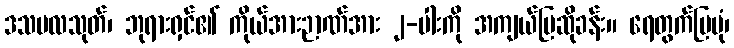
ဒသဗလသုတ်၊ ဘုရားရှင်၏ ကိုယ်အားဉာဏ်အား ၂-ပါးကို အကျယ်ပြဆိုခန်း။ ရေတွက်ပြပုံ၊